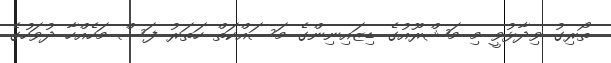
ތޯރިގު ވިދާޅުވީ މި މަޝްރޫއުގެ ޑިޒައިނިންގެ މަސައްކަތް ހަތަރު ފަސް މަހެއްހާ ދުވަހުގެ